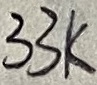
Text: 33K